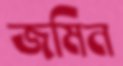
জমিন